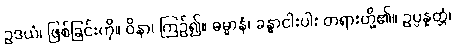
ဥဒယံ၊ ဖြစ်ခြင်းကို။ ဝိနာ၊ ကြဉ်၍။ ဓမ္မာနံ၊ ခန္ဓာငါးပါး တရားတို့၏။ ဥပ္ပန္နတ္တံ၊